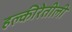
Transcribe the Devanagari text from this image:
हल्‍कीरेतीली